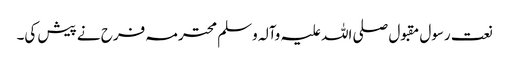
نعت رسول مقبول صلی اللہ علیہ وآلہ وسلم محترمہ فرح نے پیش کی۔